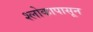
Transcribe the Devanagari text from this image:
श्लोकापासून